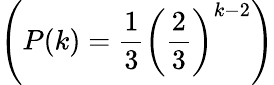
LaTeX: \left(P(k)=\frac{1}{3}\left(\frac{2}{3}\right)^{k-2}\right)